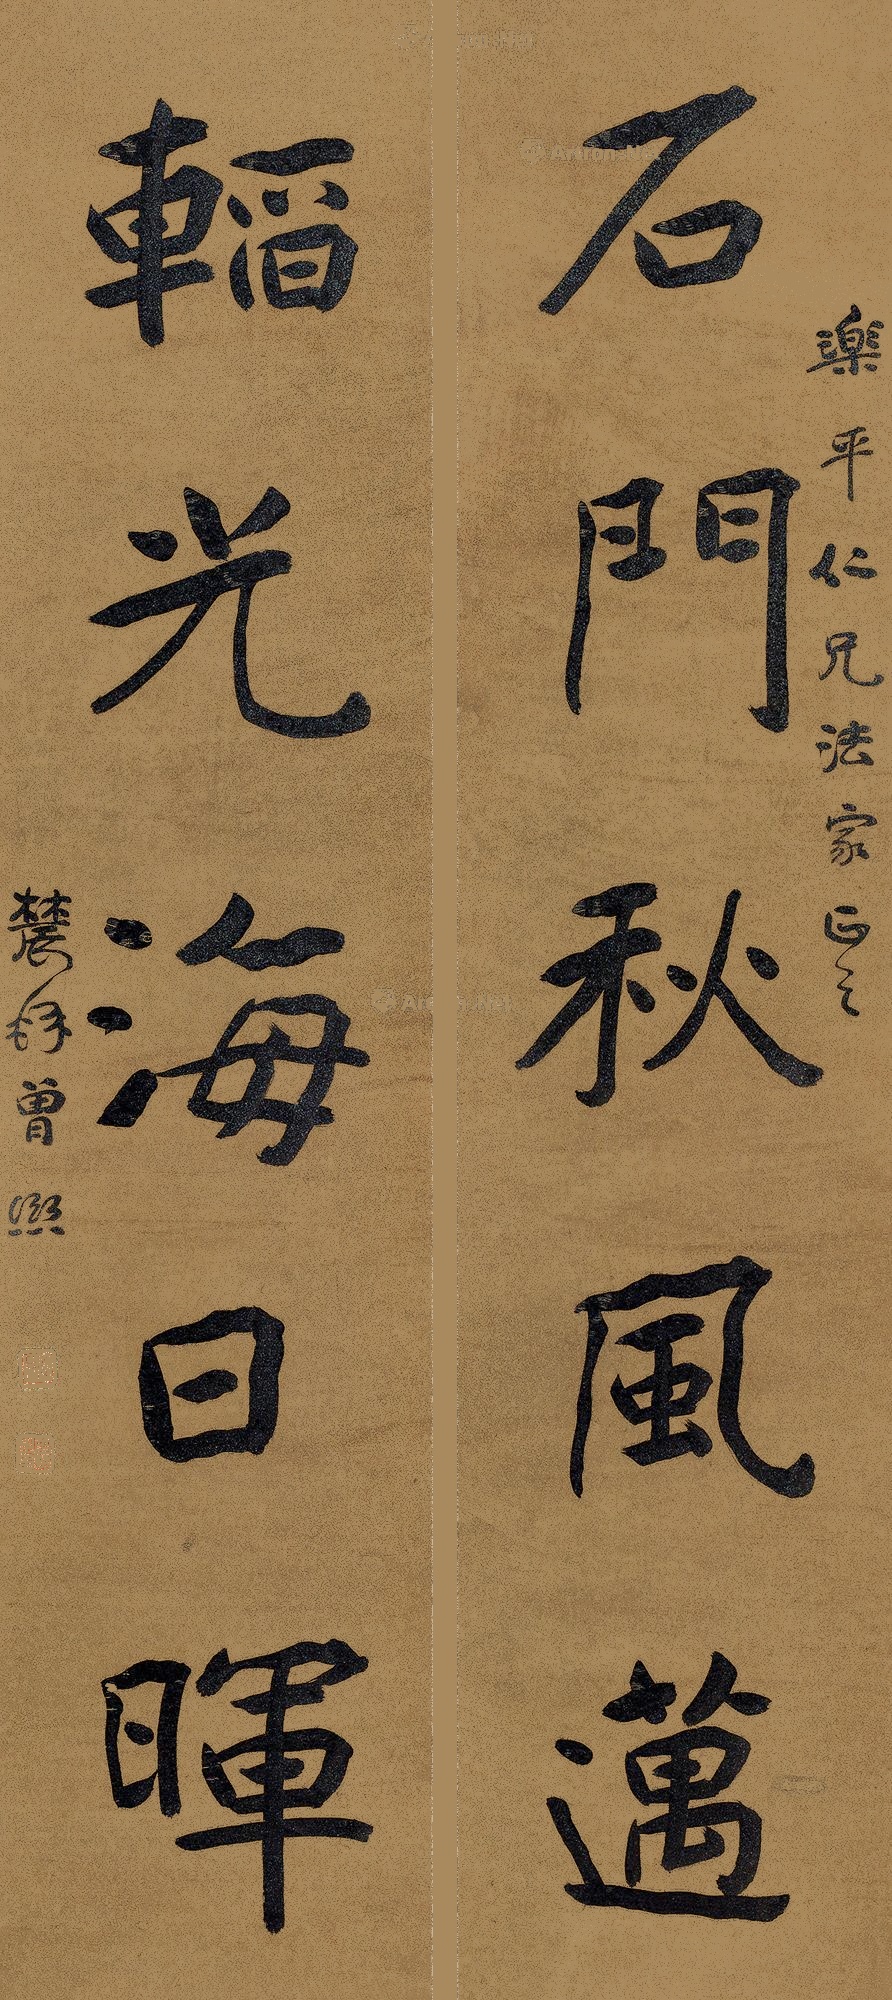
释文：石门秋风迈，韬光海日晖。乐平仁兄法家正之，麓林曾熙。